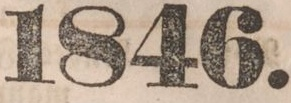
1846.